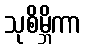
သုစိမ္ဘိကာ